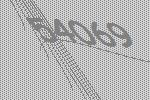
54069